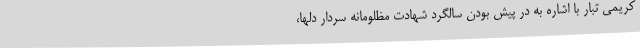
کریمی تبار با اشاره به در پیش بودن سالگرد شهادت مظلومانه سردار دلها،